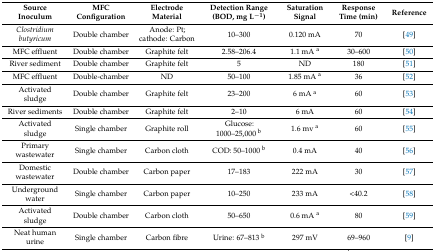
<table><thead><tr><td><b>Source Inoculum</b></td><td><b>MFC Configuration</b></td><td><b>Electrode Material</b></td><td><b>Detection Range (BOD, mg L<sup>−1</sup>)</b></td><td><b>Saturation Signal</b></td><td><b>Response Time (min)</b></td><td><b>Reference</b></td></tr></thead><tbody><tr><td><i>Clostridium butyricum</i></td><td>Double chamber</td><td>Anode: Pt; cathode: Carbon</td><td>10–300</td><td>0.120 mA</td><td>70</td><td>[49]</td></tr><tr><td>MFC effluent</td><td>Double chamber</td><td>Graphite felt</td><td>2.58–206.4</td><td>1.1 mA <sup>a</sup></td><td>30–600</td><td>[50]</td></tr><tr><td>River sediment</td><td>Double chamber</td><td>Graphite felt</td><td>5</td><td>ND</td><td>180</td><td>[51]</td></tr><tr><td>MFC effluent</td><td>Double-chamber</td><td>ND</td><td>50–100</td><td>1.85 mA <sup>a</sup></td><td>36</td><td>[52]</td></tr><tr><td>Activated sludge</td><td>Double chamber</td><td>Graphite felt</td><td>23–200</td><td>6 mA <sup>a</sup></td><td>60</td><td>[53]</td></tr><tr><td>River sediments</td><td>Double chamber</td><td>Graphite felt</td><td>2–10</td><td>6 mA</td><td>60</td><td>[54]</td></tr><tr><td>Activated sludge</td><td>Single chamber</td><td>Graphite roll</td><td>Glucose: 1000–25,000 <sup>b</sup></td><td>1.6 mv <sup>a</sup></td><td>60</td><td>[55]</td></tr><tr><td>Primary wastewater</td><td>Single chamber</td><td>Carbon cloth</td><td>COD: 50–1000 <sup>b</sup></td><td>0.4 mA</td><td>40</td><td>[56]</td></tr><tr><td>Domestic wastewater</td><td>Double chamber</td><td>Carbon paper</td><td>17–183</td><td>222 mA</td><td>30</td><td>[57]</td></tr><tr><td>Underground water</td><td>Single chamber</td><td>Carbon paper</td><td>10–250</td><td>233 mA</td><td>&lt;40.2</td><td>[58]</td></tr><tr><td>Activated sludge</td><td>Double chamber</td><td>Carbon cloth</td><td>50–650</td><td>0.6 mA <sup>a</sup></td><td>80</td><td>[59]</td></tr><tr><td>Neat human urine</td><td>Single chamber</td><td>Carbon fibre</td><td>Urine: 67–813 <sup>b</sup></td><td>297 mV</td><td>69–960</td><td>[9]</td></tr></tbody></table>